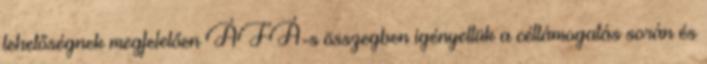
lehetőségnek megfelelően ÁFÁ-s összegben igényeltük a céltámogatás során és